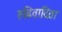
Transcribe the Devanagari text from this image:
रुढिवादिता